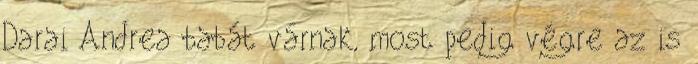
Darai Andrea babát várnak, most pedig végre az is